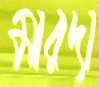
মারদা